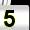
Digit: 5